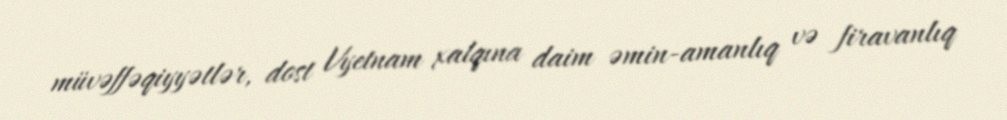
müvəffəqiyyətlər, dost Vyetnam xalqına daim əmin-amanlıq və firavanlıq